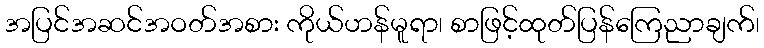
အပြင်အဆင်အဝတ်အစား ကိုယ်ဟန်မူရာ၊ စာဖြင့်ထုတ်ပြန်ကြေညာချက်၊